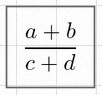
\frac{a+b}{c+d}